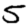
Digit: 5